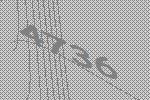
4736